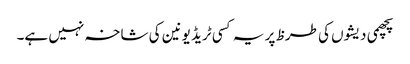
پچھمی دیشوں کی طرظ پر یہ کسی ٹریڈ یونین کی شاخہ نہیں ہے۔